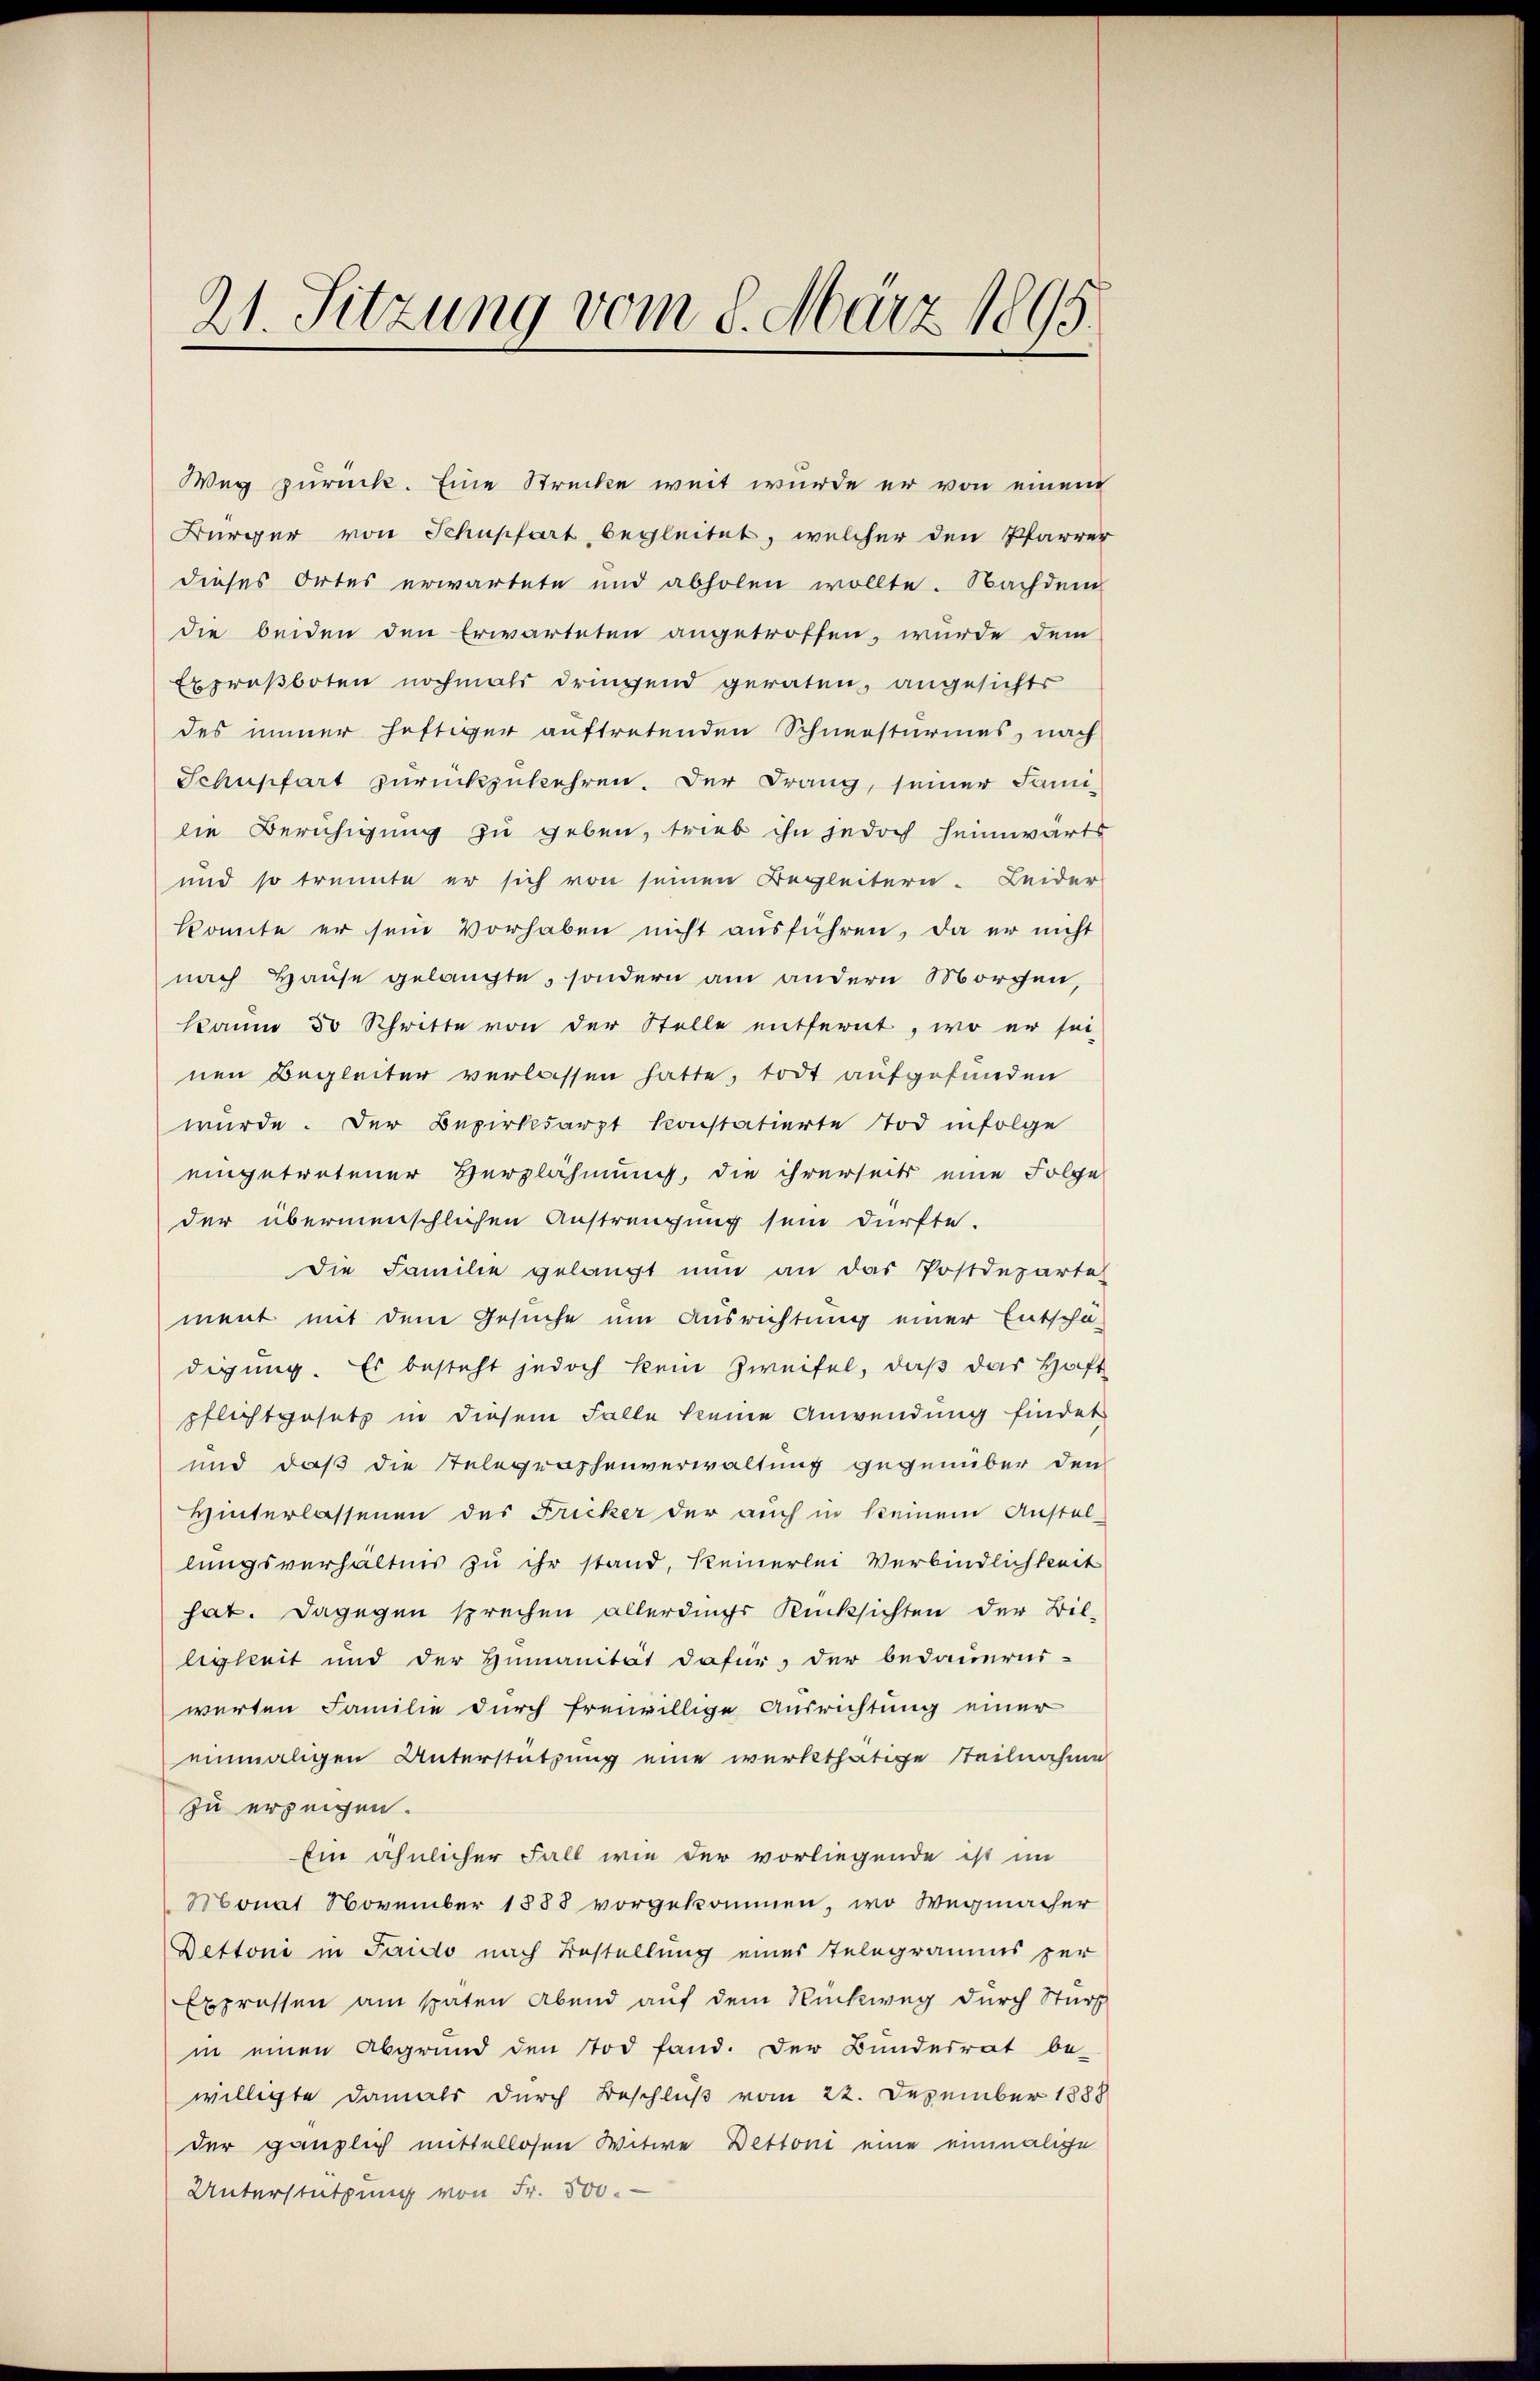
21. Sitzung vom 8. März 1895.

Weg zurück. Eine Strecke weit wurde er von einem
Bürger von Schüpfart begleitet, welcher den Pfarrer
dieses Ortes erwartete und abholen wollte. Nachdem
die beiden den Erwarteten angetroffen, wurde dem
Exproßboten nochmals dringend geraten, angesichts
des immer heftiger auftretenden Schneesturmes, nach
Schnpfart zurückzukehren. Der Drang, seiner Fami-
lie Beruhigung zu geben, trieb ihn jedoch heimwärts
und so trennte er sich von seinen Begleitern. Leider
konnte er sein Vorhaben nicht ausführen, da er nicht
nach Hause gelangte, sondern am andern Morgen,
kaum 30 Schritte von der Stelle entfernt, wo er sei-
nen Begleiter verlassen hatte, todt aufgefunden
würde. Der Bezirksarzt konstatierte Tod infolge
eingetretener Verzlähmung, die ihrerseits eine Folge
der übermenschlichen Anstrengung sein dürfte.
Die Familie gelangt nun an das Postdeparte
ment mit dem Gesuche um Ausrichtung einer Entschä-
digung. Es besteht jedoch kein Zweifel, daß das Haft
pflichtgesetz in diesem Falle keine Anwendung findet
und daß die Telegraphenverwaltung gegenüber den
Hinterlassenen des Fricker der auch in keinem Anstal-
lungsverhältnis zu ihr stand, keinerlei Verbindlichkeit
hat. Dagegen sprechen allerdings Rücksichten der Bil-
ligkeit und der Humanität dafür, der bedauerns-
werten Familie durch freiwillige Ausrichtung einer
einmaligen Unterstützung eine würkthätige Teilnahme
zu erzeigen.
Ein ähnlicher Fall wie der vorliegende ist im
Monat November 1888 vorgekommen, wo Wegmacher
Dettone in Faido nach Bestellung eines Telegramms zer
Expressen am späten Abend auf dem Rückweg durch Sturz
in einen Abgrund den Tod fand. Der Bundesrat be-
willigte damals durch Beschluß vom 22. Dezember 1888
der gänzlich mittellosen Witwe Dettoni eine einmalige
Unterstützung von Fr. 500.